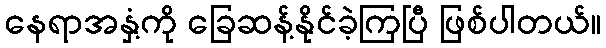
နေရာအနှံ့ကို ခြေဆန့်နိုင်ခဲ့ကြပြီ ဖြစ်ပါတယ်။